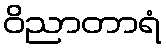
ဝိညာတာရံ